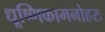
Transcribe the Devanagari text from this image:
धूष्णिकामनोहरः